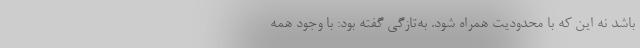
باشد نه این که با محدودیت همراه شود. به‌تازگی گفته بود: با وجود همه